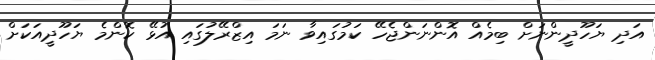
އަދި ޔަހޫދީންނަށް ބިމެއް އޮންނަންޖެހޭ ކަމުގައިވާ ނަމަ އިޒްރޭލުގައި އުޅޭ ކޮންމެ ޔަހޫދީއަކަށް